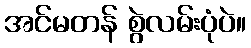
အင်မတန် စွဲလမ်းပုံပဲ။